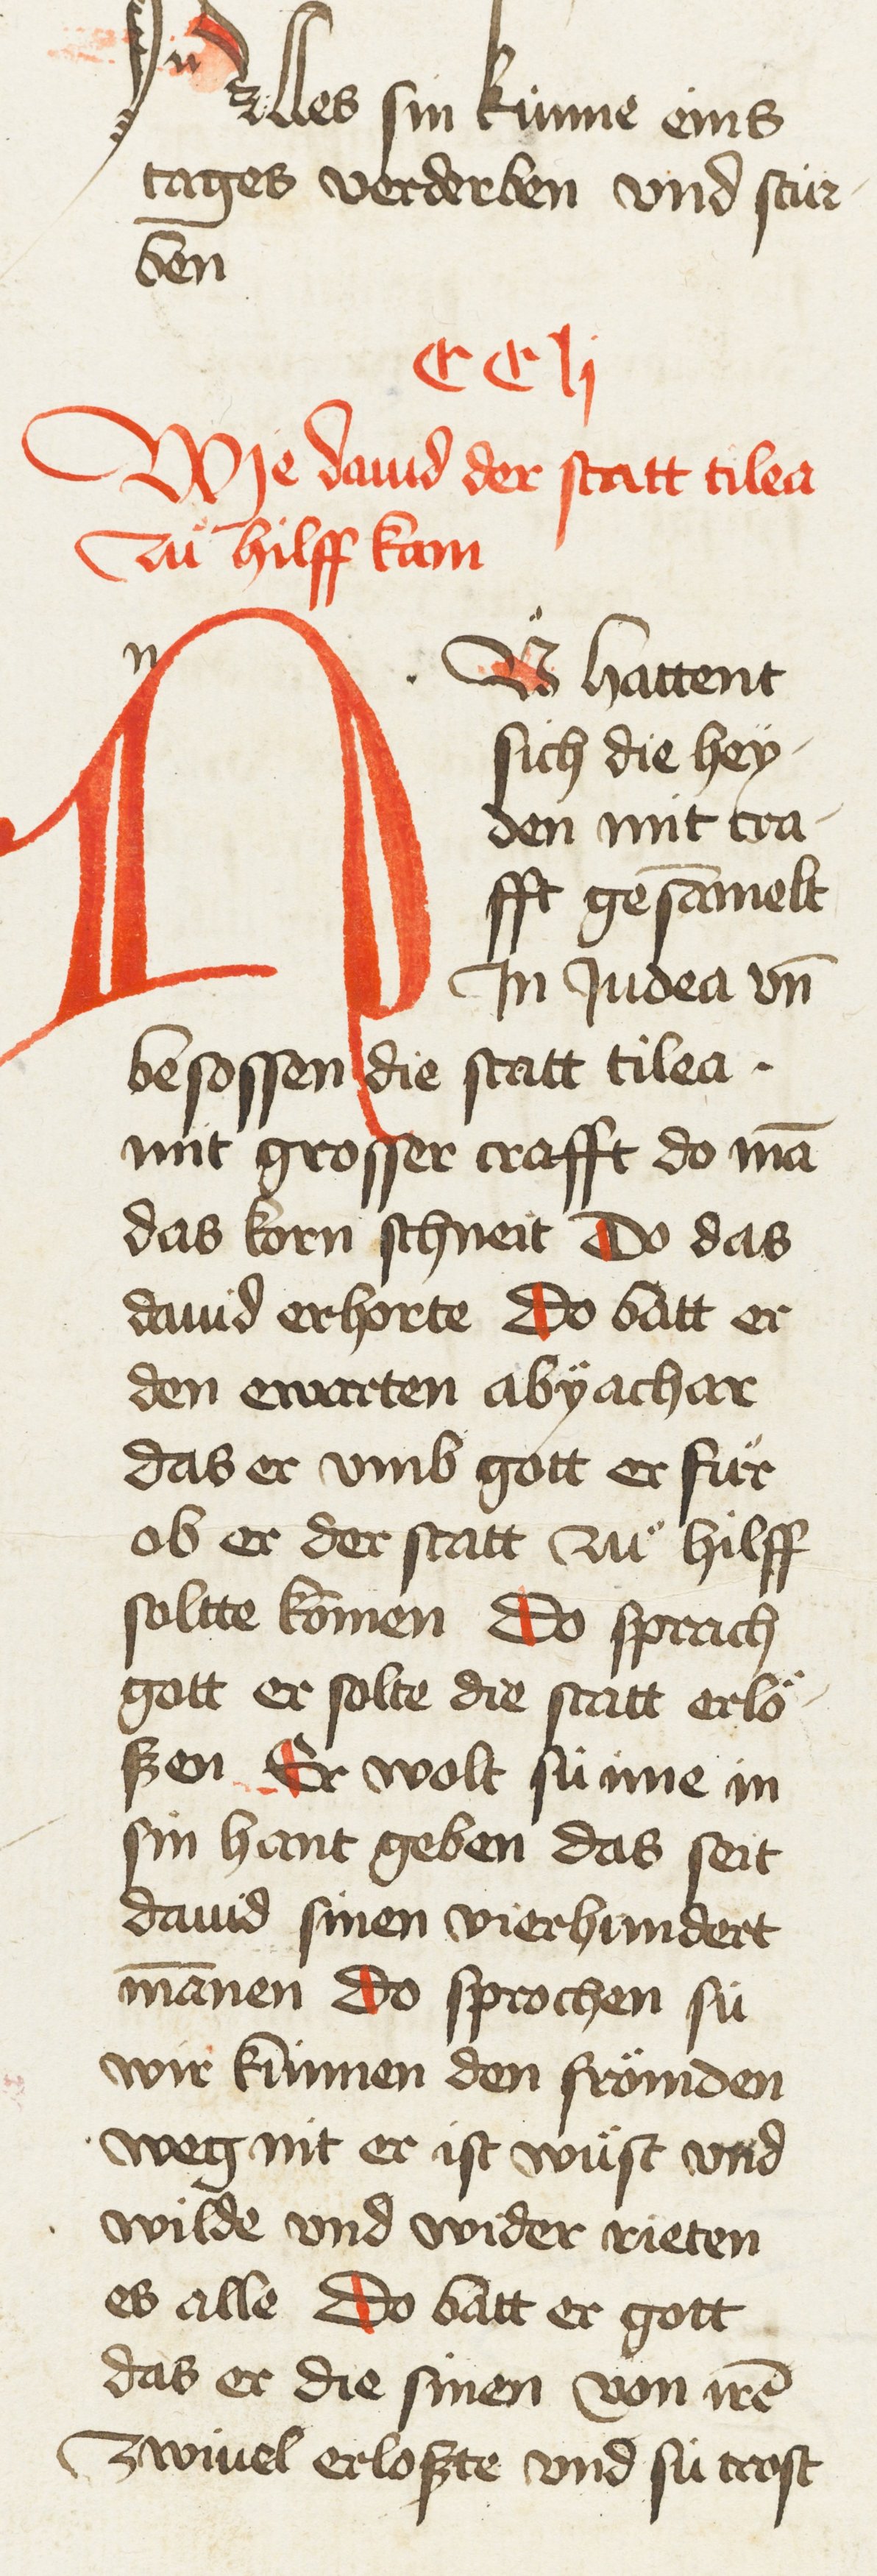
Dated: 1435–1465